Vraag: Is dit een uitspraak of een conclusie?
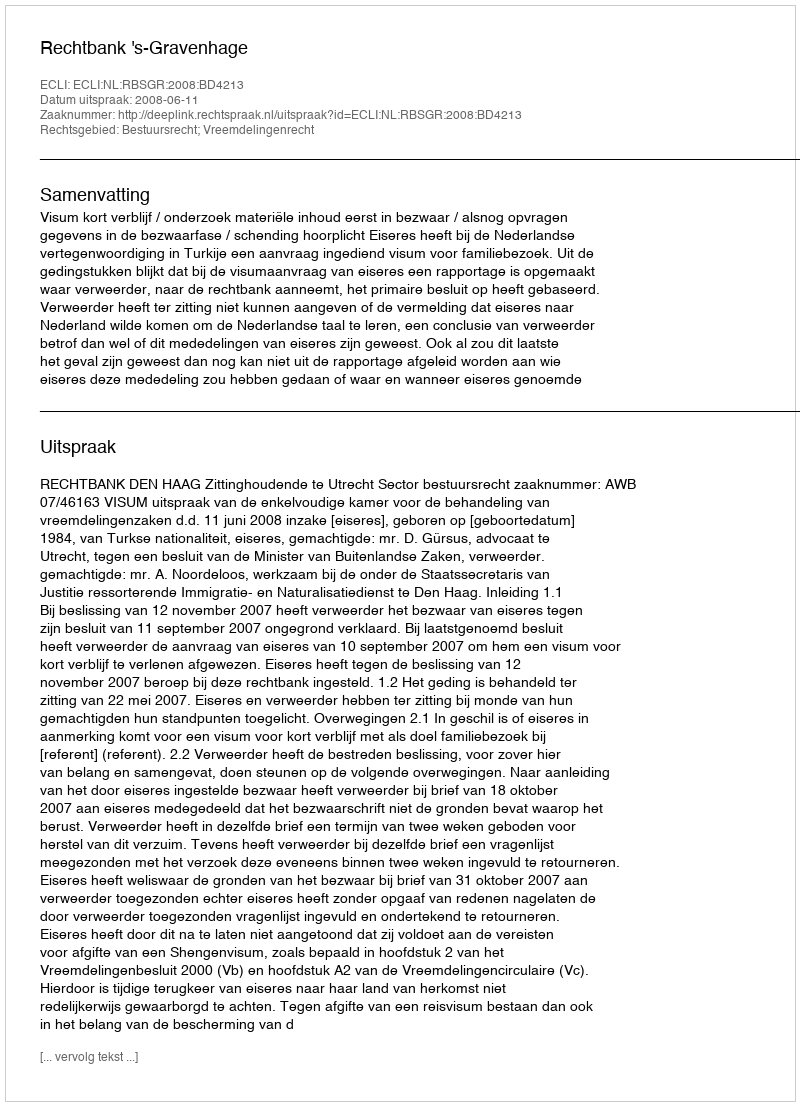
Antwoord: Uitspraak